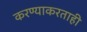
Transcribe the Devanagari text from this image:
करण्याकरताही